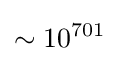
\sim 10^{701}\,\!